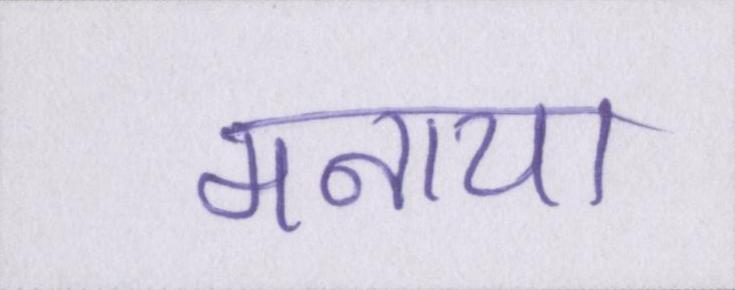
मनाया